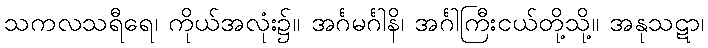
သကလသရီရေ၊ ကိုယ်အလုံး၌။ အင်္ဂမင်္ဂါနိ၊ အင်္ဂါကြီးငယ်တို့သို့။ အနုသဋာ၊